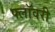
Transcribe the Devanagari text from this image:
फ्लॉवरी